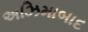
અઝિમાબાદ